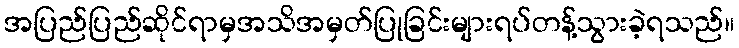
အပြည်ပြည်ဆိုင်ရာမှအသိအမှတ်ပြုခြင်းများရပ်တန့်သွားခဲ့ရသည်။